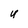
Character: U